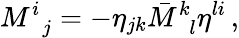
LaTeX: M_{\, \, \, j}^{i}=-\eta_{jk}\bar{M}_{\, \, \, l}^{k}\eta^{li}\, ,